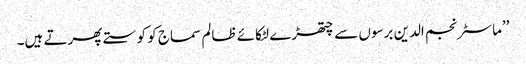
’’ماسٹر نجم الدین برسوں سے چتھڑے لٹکائے ظالم سماج کو کوستے پھرتے ہیں۔